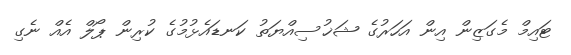
ޓައިމް މެގަޒިން އިން އަހަރުގެ ޝަޚުސިއްޔަތު ކަނޑައެޅުމުގެ ކުރިން ޕޯލް އެއް ނެގި